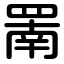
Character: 罱